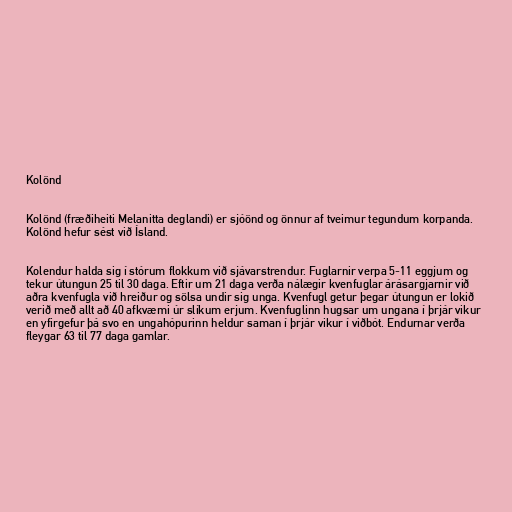
Kolönd

Kolönd (fræðiheiti Melanitta deglandi) er sjóönd og önnur af tveimur tegundum korpanda.
Kolönd hefur sést við Ísland.

Kolendur halda sig í stórum flokkum við sjávarstrendur. Fuglarnir verpa 5-11 eggjum og
tekur útungun 25 til 30 daga. Eftir um 21 daga verða nálægir kvenfuglar árásargjarnir við
aðra kvenfugla við hreiður og sölsa undir sig unga. Kvenfugl getur þegar útungun er lokið
verið með allt að 40 afkvæmi úr slíkum erjum. Kvenfuglinn hugsar um ungana í þrjár vikur
en yfirgefur þá svo en ungahópurinn heldur saman í þrjár vikur í viðbót. Endurnar verða
fleygar 63 til 77 daga gamlar.